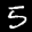
Label: 5